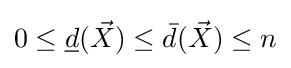
0\leq {\underline {d}}({\vec {X}})\leq {\bar {d}}({\vec {X}})\leq n